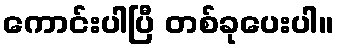
ကောင်းပါပြီ တစ်ခုပေးပါ။